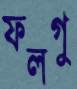
ফলগু